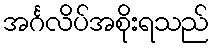
အင်္ဂလိပ်အစိုးရသည်